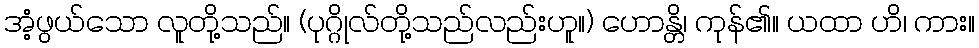
အံ့ဖွယ်သော လူတို့သည်။ (ပုဂ္ဂိုလ်တို့သည်လည်းဟူ။) ဟောန္တိ၊ ကုန်၏။ ယထာ ဟိ၊ ကား။